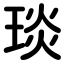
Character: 琰